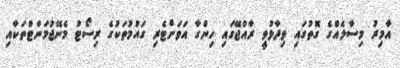
އާމިރު މިސާލެއްގެ ގޮތުގައި ވިދާޅުވީ ރާއްޖޭގައި ހިންގާ އަވަށްޓެރި ގައުމުތަކުގެ ރިސޯޓު މެނޭޖުމަންޓްތަކާއި